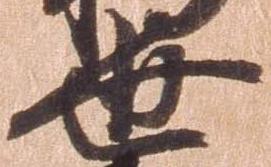
世